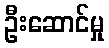
ဦးဆောင်မှု